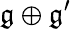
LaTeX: {\mathfrak{g}}\oplus{\mathfrak{g^{\prime}}}